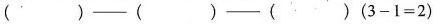
()—()─() ( $$3 - 1 = 2$$)